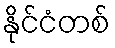
နိုင်ငံတစ်